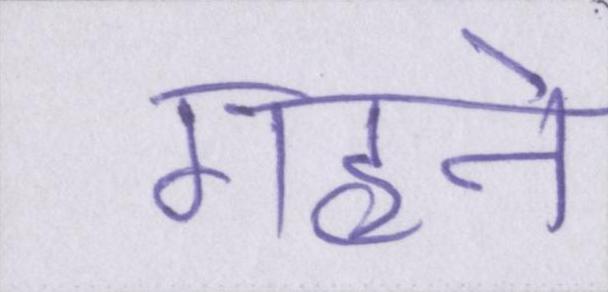
गहने